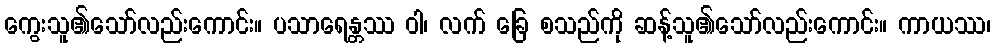
ကွေးသူ၏သော်လည်းကောင်း။ ပသာရေန္တဿ ဝါ၊ လက် ခြေ စသည်ကို ဆန့်သူ၏သော်လည်းကောင်း။ ကာယဿ၊